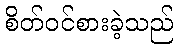
စိတ်ဝင်စားခဲ့သည်